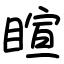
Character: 睻